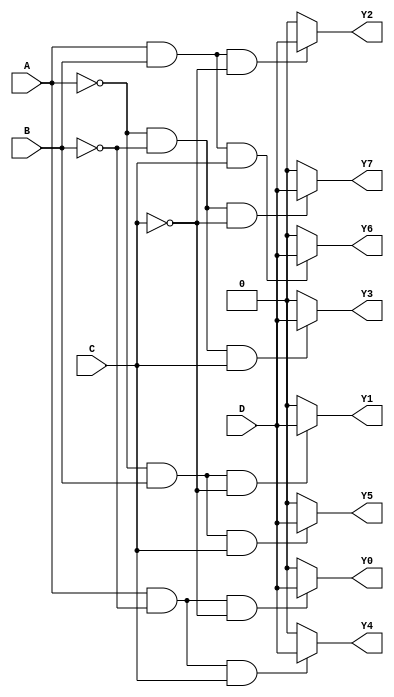
module demux_1to8(
    input wire A, 
    input wire B, 
    input wire C, 
    input wire D,
    output reg Y0, 
    output reg Y1, 
    output reg Y2, 
    output reg Y3, 
    output reg Y4, 
    output reg Y5, 
    output reg Y6, 
    output reg Y7
);

always @* begin
    Y0 = (A & ~B & ~C) ? D : 1'b0;
    Y1 = (~A & B & ~C) ? D : 1'b0;
    Y2 = (A & B & ~C) ? D : 1'b0;
    Y3 = (~A & ~B & C) ? D : 1'b0;
    Y4 = (A & ~B & C) ? D : 1'b0;
    Y5 = (~A & B & C) ? D : 1'b0;
    Y6 = (A & B & C) ? D : 1'b0;
    Y7 = (~A & ~B & ~C) ? D : 1'b0;
end

endmodule